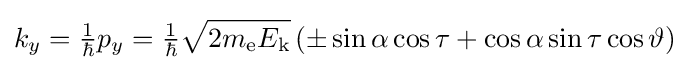
k_{y}={\tfrac {1}{\hbar }}p_{y}={\tfrac {1}{\hbar }}{\sqrt {2m_{\text{e}}E_{\text{k}}}}\,(\pm \sin \alpha \cos \tau +\cos \alpha \sin \tau \cos \vartheta )